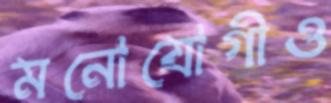
মনোযোগীও